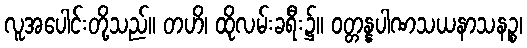
လူအပေါင်းတို့သည်။ တဟိ၊ ထိုလမ်းခရီး၌။ ဝတ္တန္နပါဏသယနာသနဉ္စ၊